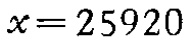
\(x = 25920\)